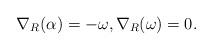
LaTeX: \begin{align*}\nabla_R(\alpha)=-\omega,\nabla_R(\omega)= 0.\end{align*}